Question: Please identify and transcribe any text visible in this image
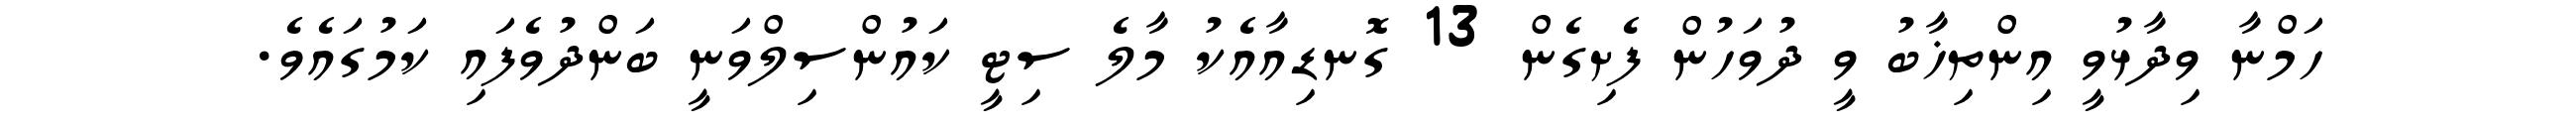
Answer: ހަމްނާ ވިދާޅުވީ އިންތިޚާބު ވީ ދުވަހުން ފެށިގެން 13 ގޮނޑިއާއެކު މާލެ ސިޓީ ކައުންސިލްވަނީ ބަންދުވެފައި ކަމުގައެވެ.